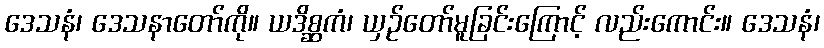
ဒေသနံ၊ ဒေသနာတော်ကို။ ယဒိစ္ဆကံ၊ ယှဉ်တော်မူခြင်းကြောင့် လည်းကောင်း။ ဒေသနံ၊